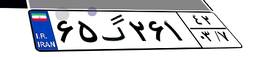
۶۵گ۲۶۱۴۲